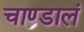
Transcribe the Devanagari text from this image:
चाण्डालं